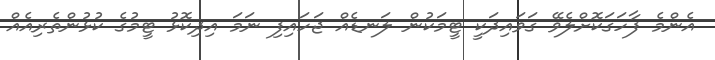
އެންމެ ފާހަގަކޮށްލެވޭ ގަވައިދަކީ ޓީމަކުން ލަނޑެއް ޖަހައިފި ނަމަ އިދިކޮޅު ޓީމުގެ ކުޅުންތެރިއެއް